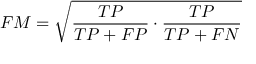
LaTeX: F M = { \sqrt { { \frac { T P } { T P + F P } } \cdot { \frac { T P } { T P + F N } } } }